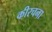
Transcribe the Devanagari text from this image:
कीरचना